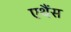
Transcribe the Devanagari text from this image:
एथैंस